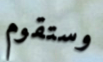
وستقوم